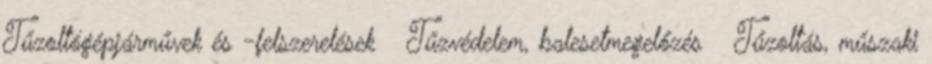
Tűzoltógépjárművek és -felszerelések ↳ Tűzvédelem, balesetmegelőzés ↳ Tűzoltás, műszaki